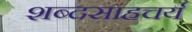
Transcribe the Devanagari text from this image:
शब्दसाहचर्य